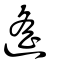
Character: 遙